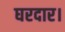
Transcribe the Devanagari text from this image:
घरदार।